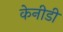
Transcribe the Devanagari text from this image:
केनीडी